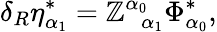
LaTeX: \delta_{R}\eta_{\alpha_{1}}^{*}=\mathbb{Z}_{\; \; \alpha_{1}}^{\alpha_{0}}\Phi_{\alpha_{0}}^{*},